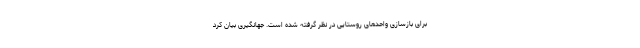
برای بازسازی واحدهای روستایی در نظر گرفته شده است. جهانگیری بیان کرد